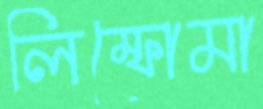
লিম্ফোমা